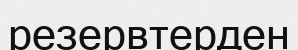
резервтерден